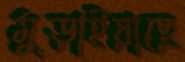
মুড়াইয়াছে